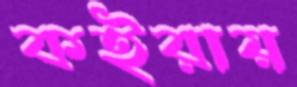
কইরায়